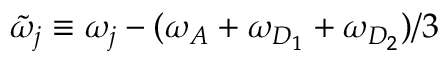
\tilde { \omega } _ { j } \equiv \omega _ { j } - ( \omega _ { A } + \omega _ { D _ { 1 } } + \omega _ { D _ { 2 } } ) / 3